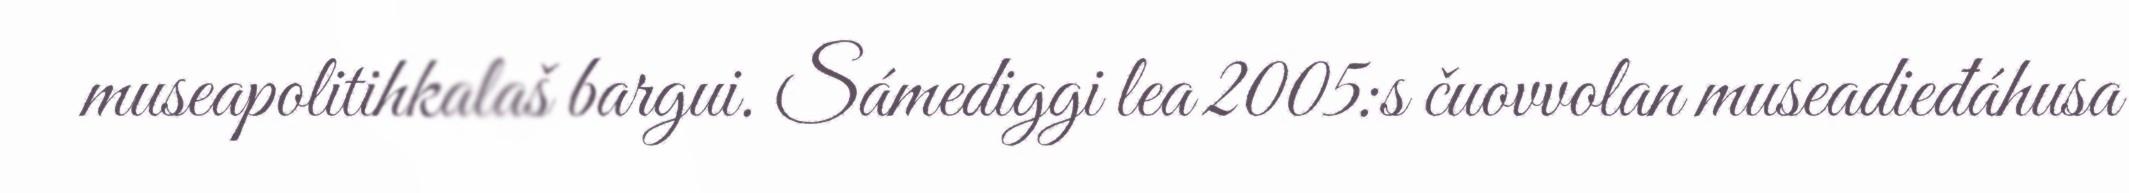
museapolitihkalaš bargui. Sámediggi lea 2005:s čuovvolan museadieđáhusa